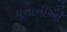
યૂનાનીઓ